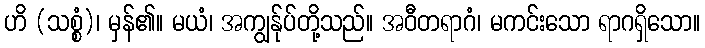
ဟိ (သစ္စံ)၊ မှန်၏။ မယံ၊ အကျွန်ုပ်တို့သည်။ အဝီတရာဂံ၊ မကင်းသော ရာဂရှိသော။